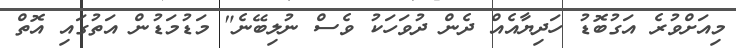
މިއަށްވުރެ އަގުބޮޑު ހަދިޔާއެއް ދެން ދުވަހަކު ވެސް ނުލިބޭނެ" މަޑުމަޑުން އަތުގައި އޮތް